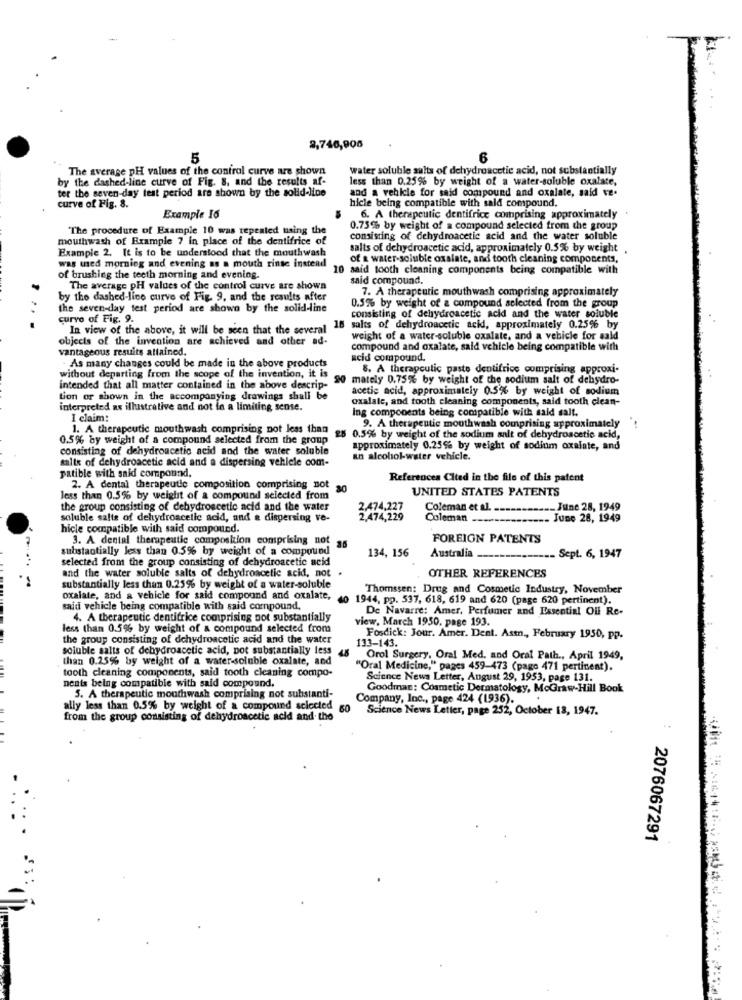
8,746,906
5
6
The average pH values of the control curve are shown
water soluble salts of dehydroacetic acid, not substantially
by the dashed-line curve of Fig. 8, and the results af-
less than 0.25% by weight of a water-soluble oxalate,
ter the seven-day test period are shown by the solid-line
and a vehicle for said compound and oxalate, said ve.
hicle being compatible with sald compound.
curve of Fig. 8.
Example 16
6. A therapeutic dentifrice comprising approximately
"The procedure of Example 10 was repeated using the
0.75% by weight of a compound selected from the group
mouthwash of Example 7 in place of the dentifrice of
consisting of dehydroacetic acid and the water soluble
Example 2. It is to be understood that the mouthwash
salts of dehydroacetic acid, approximately 0.5% by weight .
of a water-soluble oxalate, and tooth cleaning components,
was used morning and evening as a mouth rinte instead
10 said tooth cleaning components being compatible with
of brushing the teeth morning and evening.
said compound.
The average pH values of the control curve are shown
7. A therapeutic mouthwash comprising approximately
by tho dashed-lico curve of Fig. 9, and the results after
the seven-day test period are shown by the solid-line
0.5% by weight of a compound selected from the group
..
curvo of Fig. 9.
consisting of dehydroacetic acid and the water soluble
In view of the above, it will be seen that the several
16 salts of dehydroacetic acid, approximately 0.25% by
objects of the invention are achieved and other ad-
weight of a water-soluble oxalate, and a vehicle for sald
vantageous results attained.
compound and oxalate, sald vehicle being compatible with
acid compound.
As many changes could be made in the above products
8. A therapeutic paste dentifrice comprising approxi-
without departing from the scope of the invention, it is
20 mately 0.75% by weight of the sodium salt of dehydro-
intended that all matter contained in the above descrip-
acetic acid, approximately 0.5% by weight of sodium
tion or shown in the accompanying drawings shall be
oxalate, and tooth cleaning components, said tooth clean-
interpreted as illustrative and not in a limiting sense.
Ing components being compatible with sald salt.
I claim:
1. A therapeutic mouthwash comprising not less than
9. A therapeutic mouthwash comprising approximately "
0.5% by weight of a compound selected from the group
28 0.5% by weight of the sodium salt of dehydroacetic acid,
consisting of dehydroacetic acid sod the water soluble
approximately 0.25% by weight of sodium oxalate, and
salte of dehydroacetic acid and a dispersing vehlele com-
an alcohol-water vehicle.
patible with said compound,
References Cited in the file of this patent
2. A dental therapeutic composition comprising not
UNITED STATES PATENTS
less than 0.5% by weight of a compound selected from
the group consisting of dehydroacetic acid and the water
2,474,227
Coleman et al.
June 28, 1949
soluble salts of dehydroacetle acid, and & dispersing ve-
2,474,229
Coleman
June 28, 1949
hicle compatible with said compound.
3. A dental therapeutic composition comprising not
FOREIGN PATENTS
substantially less than 0.5% by weight of a compound
134, 156
Australia.
selected from the group consisting of dehydroacetic acid
---- Sept. 6, 1947
...
and the water soluble salts of dehydroacetic acid, not .
OTHER REFERENCES
substantially less than 0.25% by weight of a water-soluble
Thomssen: Drug and Cosmetic Industry, November
oxalate, and a vehicle for said compound and oxalate,
40 1944, pp. 537, 618, 619 and 620 (page 620 pertinent).
said vehicle being compatible with said compound,
De Navarre: Amer, Perfumer and Essential Oil Re-
4. A therapeutic dentifrice comprising not substantially
view, March 1950. page 193.
less than 0.5% by weight of a compound selected from
the group consisting of dehydroacetic acid and the water
133-143.
Fosdick: Jour. Amer. Dent. Ast ,, February 1950, pp.
soluble salts of dehydroacetic acid, pot substantially less
than 0.25% by weight of a water-soluble oxalate, and
Orol Surgery, Oral Med. and Oral Path ., April 1949,
tooth cleaning components, said tooth cleaning compo-
'Oral Medicine," pages 459-473 (pago 471 pertinent).
nents being compatible with said compound.
Science News Letter, August 29, 1953, page 131.
Goodman: Cosmetic Dermatology, McGraw-Hill Book
5. A therapeutic mouthwash comprising not substanti-
Company, Inc ., page 424 (1936).
ally less than 0.5% by weight of a compound sclected
Science News Letter, page 252, October 13, 1947.
from the group consisting of dehydroacetic acid and the
: 2076067291